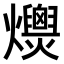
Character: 𤒾